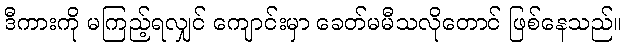
ဒီကားကို မကြည့်ရလျှင် ကျောင်းမှာ ခေတ်မမီသလိုတောင် ဖြစ်နေသည်။